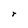
Character: r